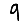
Digit: 9